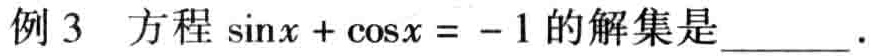
例 3 方程\(\sin x+\cos x = - 1\)的解集是____.